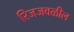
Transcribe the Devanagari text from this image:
रिजजवळील